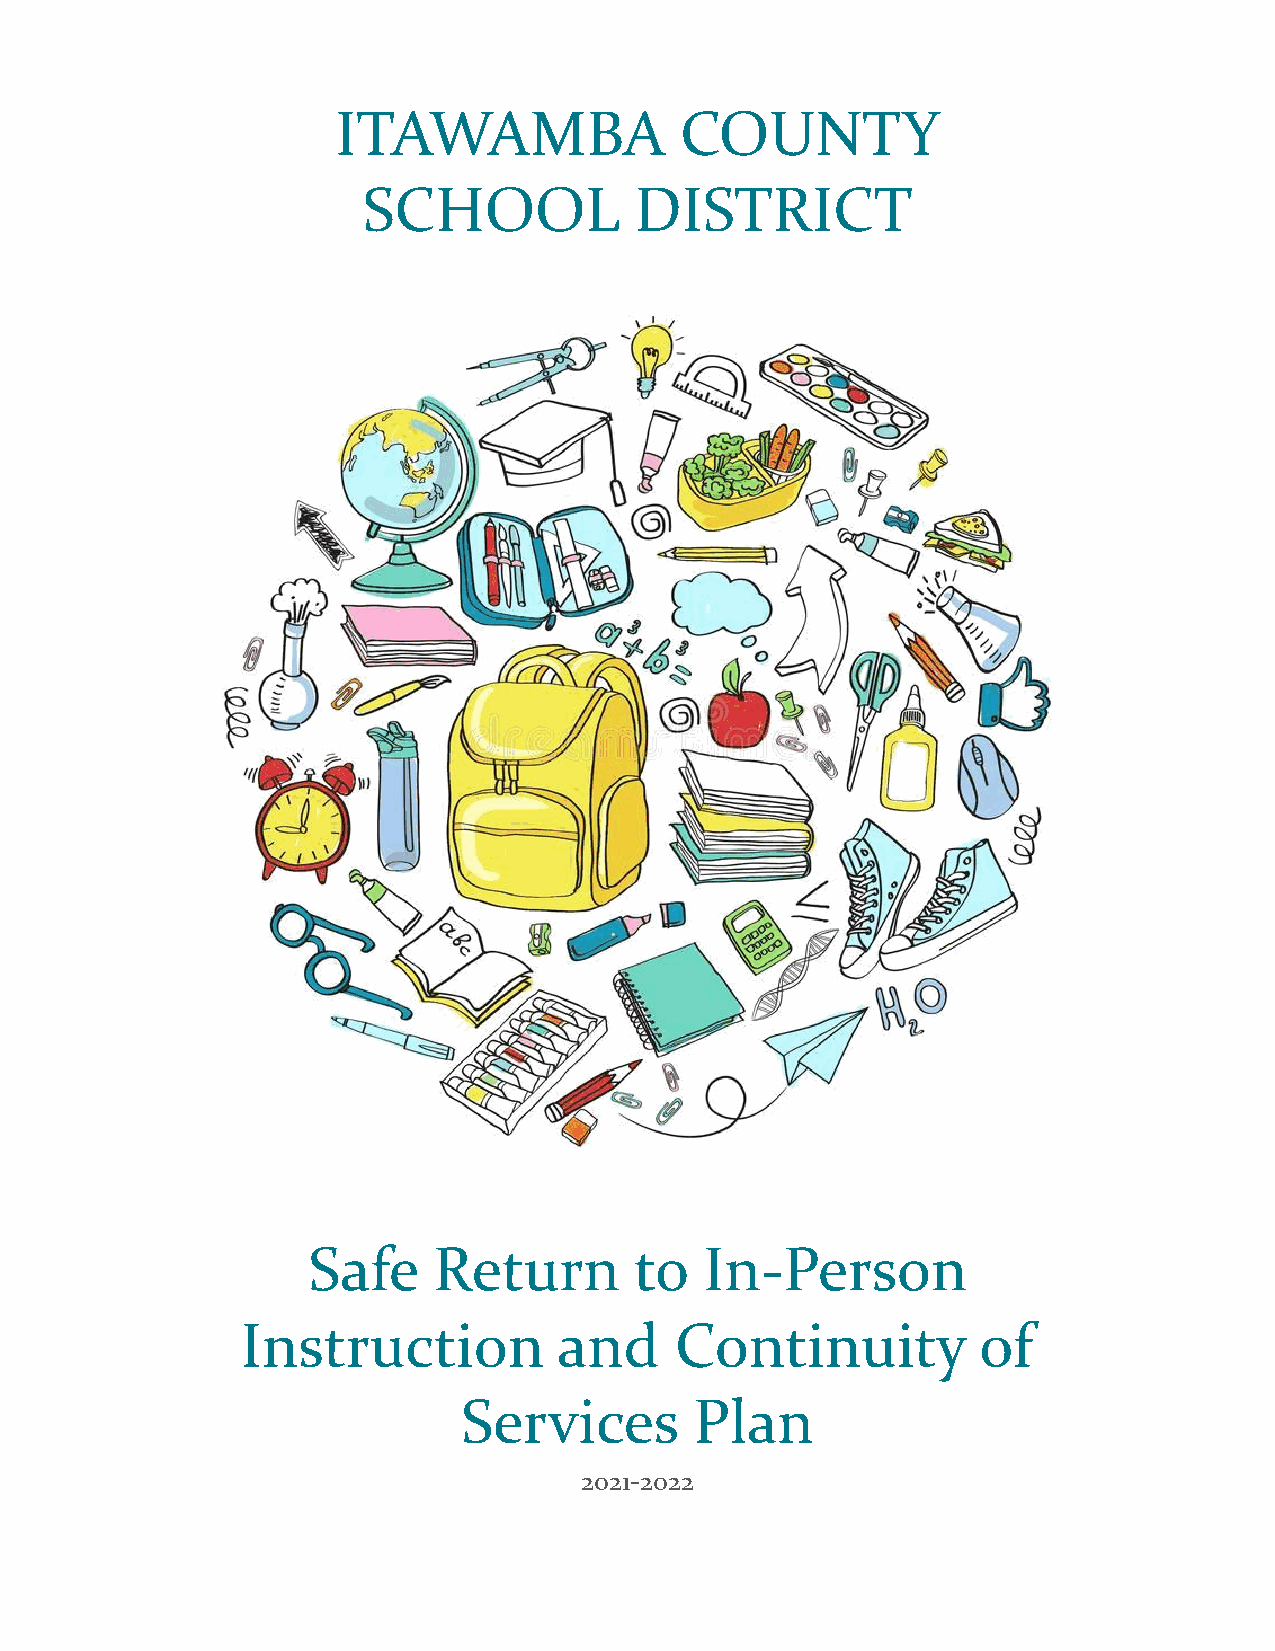
ITAWAMBA               COUNTY
 SCHOOL            DISTRICT
 Safe     Return       to   In-Person
 Instruction          and     Continuity          of
 Services       Plan
 2021-2022